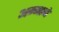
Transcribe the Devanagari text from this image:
अम्माने